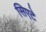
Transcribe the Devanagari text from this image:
सिएटे